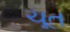
ચૂત